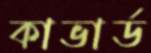
কাভার্ড